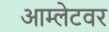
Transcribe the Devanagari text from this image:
आम्लेटवर